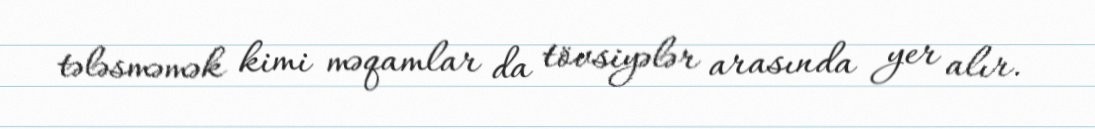
tələsməmək kimi məqamlar da tövsiyələr arasında yer alır.